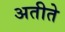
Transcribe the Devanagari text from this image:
अतीते